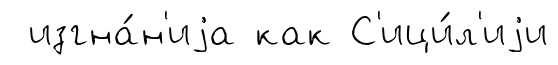
изгна́н'иjа как С'ици́л'иjи